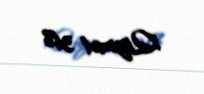
Qiymət 31%